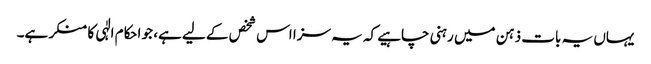
یہاں یہ بات ذہن میں رہنی چاہیے کہ یہ سزا اس شخص کے لیے ہے، جو احکام الٰہی کا منکر ہے۔